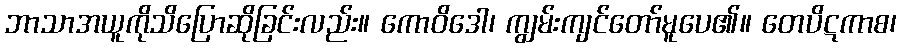
ဘာသာအယူကိုသိပြောဆိုခြင်းလည်း။ ကောဝိဒေါ၊ ကျွမ်းကျင်တော်မူပေ၏။ တေပိဋကာစ၊